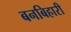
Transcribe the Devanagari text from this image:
बनबिहारी